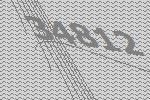
34812